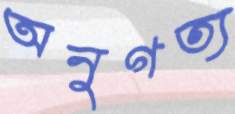
অনুগত্য